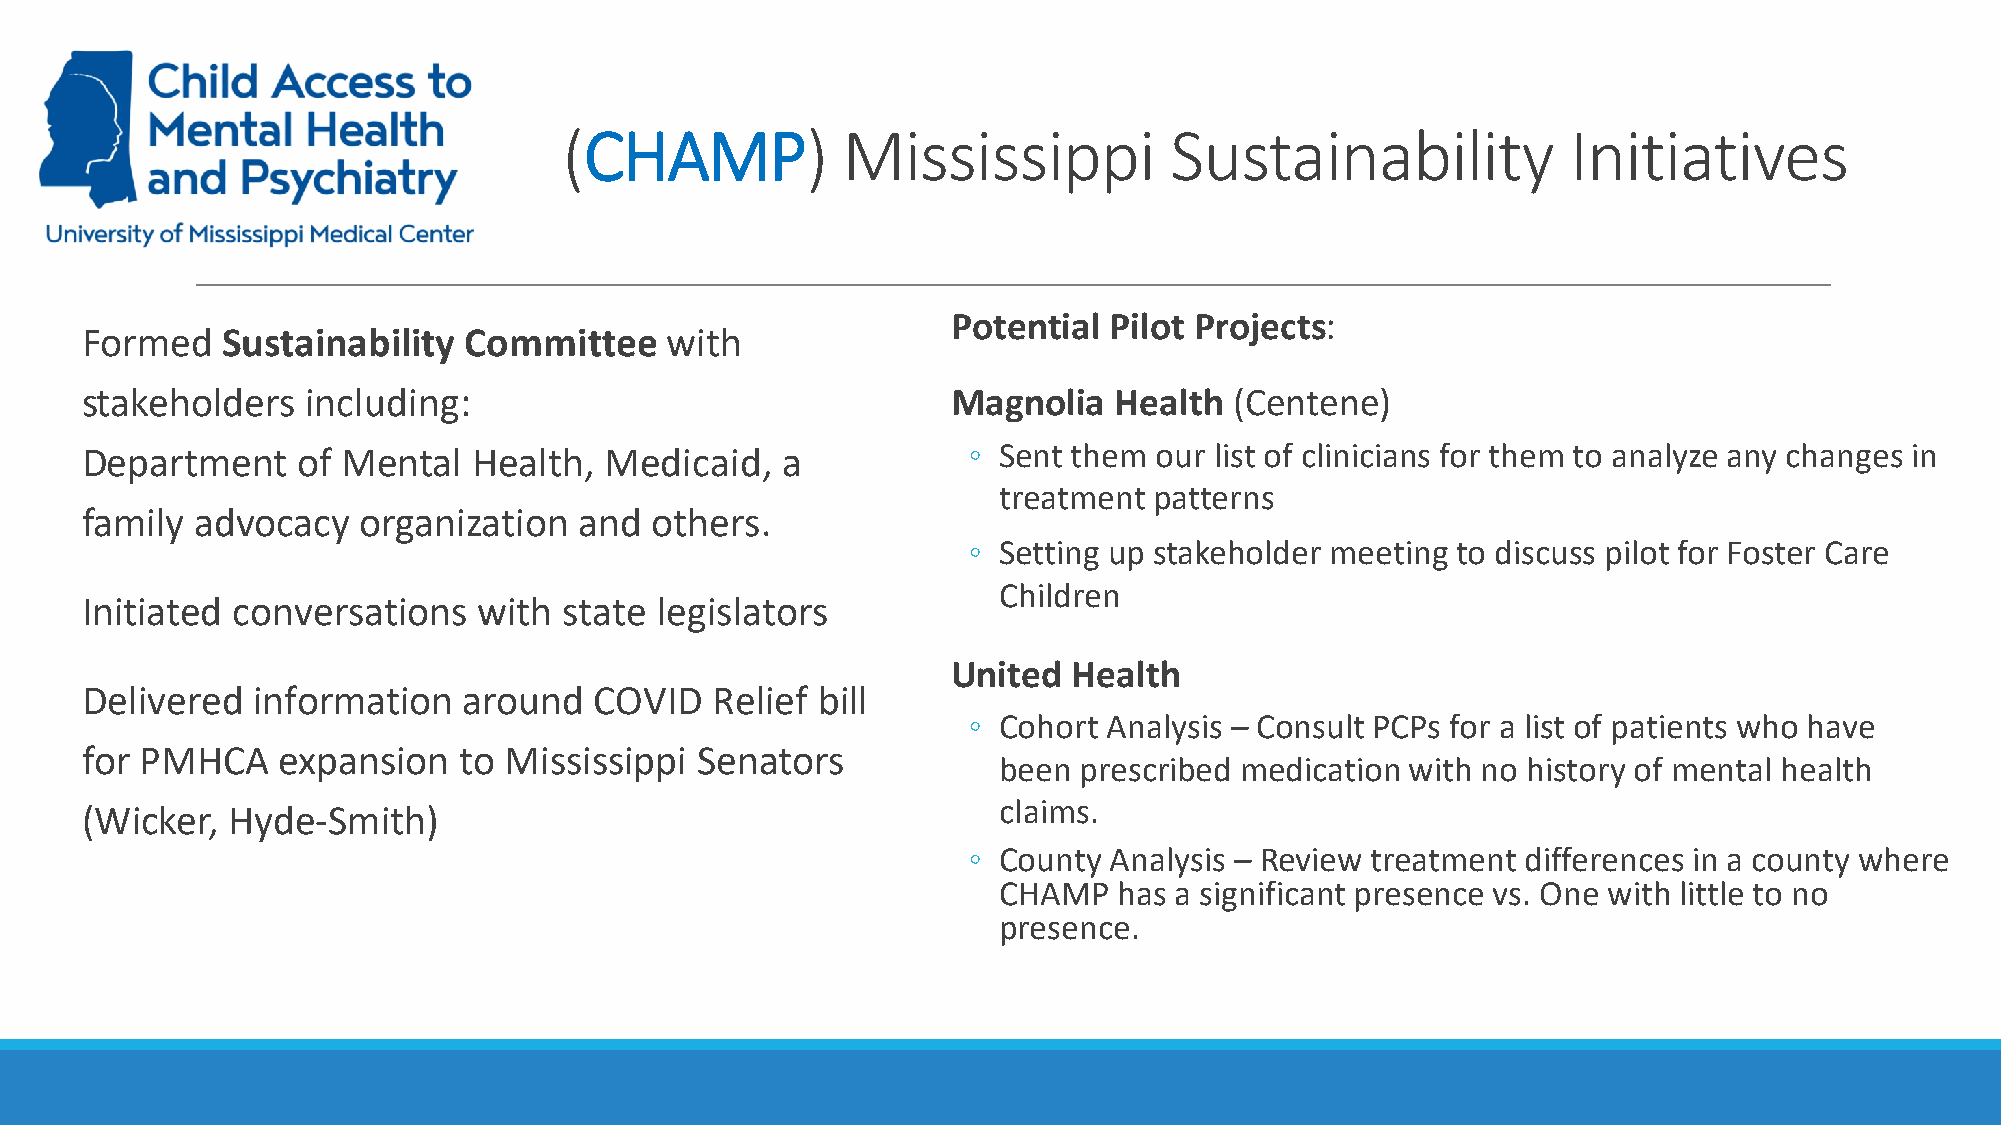
(CHAMP)            Mississippi          Sustainability             Initiatives
 Potential Pilot Projects:
 Formed    Sustainability  Committee    with
 stakeholders   including:                                 Magnolia   Health  (Centene)
 Department     of Mental  Health,  Medicaid,   a           ◦ Sent them  our list of clinicians for them to analyze any changes in
 treatment patterns
 family  advocacy   organization  and  others.
 ◦ Setting up stakeholder meeting to discuss pilot for Foster Care
 Children
 Initiated conversations    with state legislators
 United  Health
 Delivered   information   around  COVID   Relief bill
 ◦ Cohort Analysis – Consult PCPs for a list of patients who have
 for PMHCA    expansion   to Mississippi  Senators
 been prescribed medication with no history of mental health
 (Wicker,  Hyde-Smith)                                        claims.
 ◦ County Analysis – Review treatment differences in a county where
 CHAMP   has a significant presence vs. One with little to no
 presence.